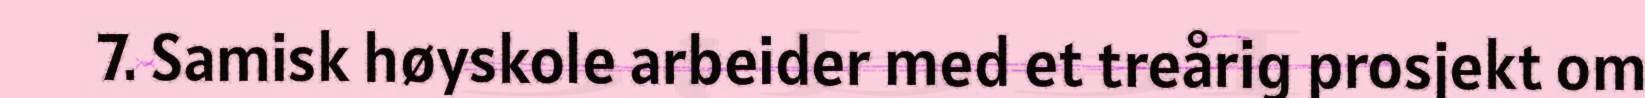
7. Samisk høyskole arbeider med et treårig prosjekt om